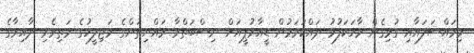
މިމައްސަލައާއި ގުޅިގެން ވާހަކަފުޅު ދައްކަވަމުން ޑީއާރުޕީއަށް ނިސްބަތްވާ ރައްޔިތުންގެ މަޖިލީހުގެ މަތިވެރި ދާއިރާގެ